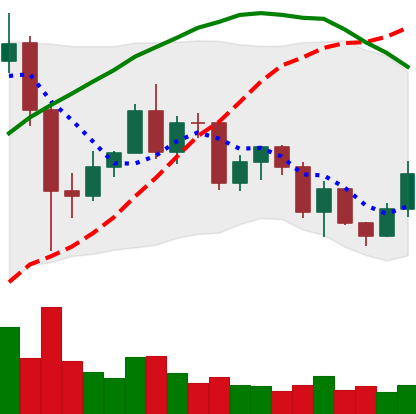
Ticker: LINK-USD
Chart end date: 2020-12-13
Forward return: 4.465%
Label: up_3_5